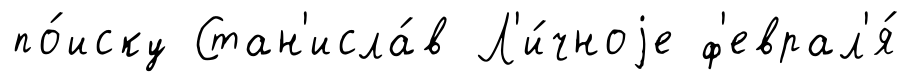
по́иску Стан'исла́в Л'и́чноjе ф'еврал'я́